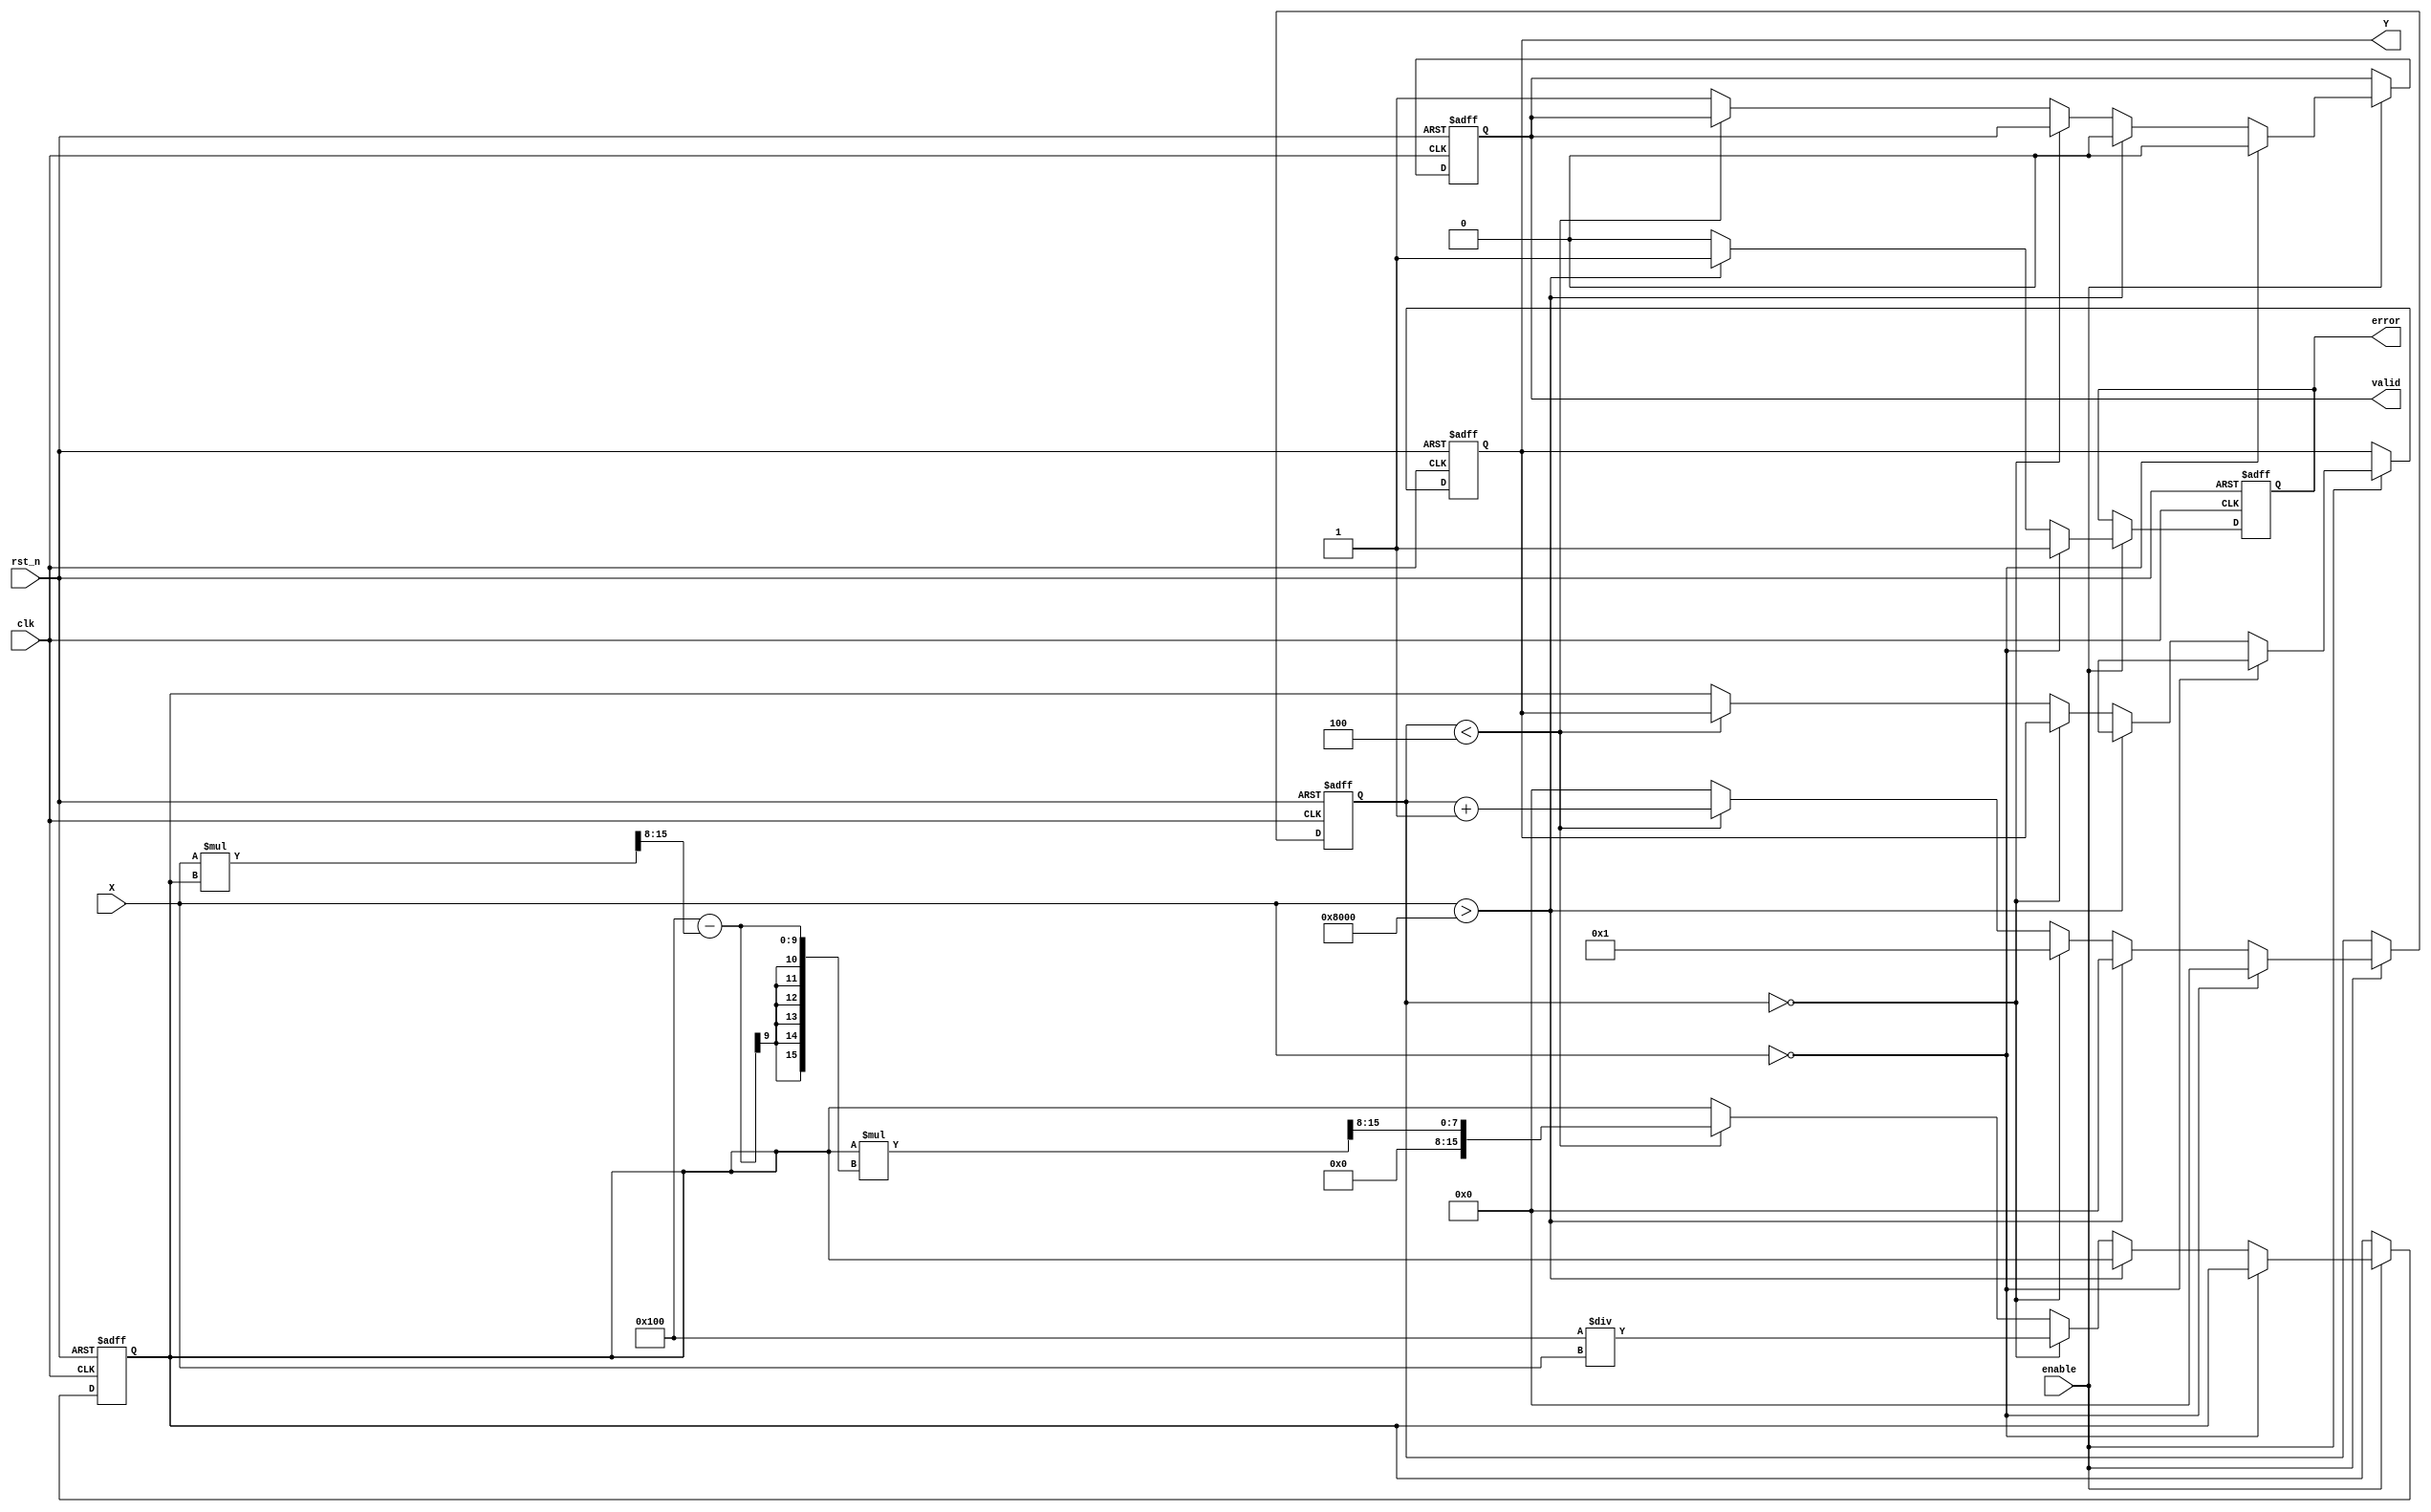
module fixed_point_reciprocal #(
    parameter M = 8, // Number of integer bits
    parameter N = 8, // Number of fractional bits
    parameter MAX_ITER = 4 // Number of iterations for Newton-Raphson
)(
    input wire clk,
    input wire rst_n,
    input wire enable,
    input wire [M+N-1:0] X, // Input fixed-point number (Qm.n)
    output reg [M+N-1:0] Y, // Output fixed-point number (Qm.n)
    output reg valid, // Indicates valid output
    output reg error // Indicates an error condition
);

    // Internal signals
    reg [M+N-1:0] x_reg; // Register to hold input value
    reg [M+N-1:0] y_reg; // Register to hold current approximation of reciprocal
    reg [3:0] iter; // Iteration counter

    // Fixed-point representation of 2^N (for scaling)
    localparam [M+N-1:0] TWO_TO_N = 1 << N;

    // State machine for reciprocal calculation
    always @(posedge clk or negedge rst_n) begin
        if (!rst_n) begin
            Y <= 0;
            valid <= 0;
            error <= 0;
            iter <= 0;
            y_reg <= 0;
        end else if (enable) begin
            if (X == 0) begin
                // Handle division by zero
                error <= 1;
                Y <= {M+N{1'bx}}; // Undefined output
                valid <= 0;
                iter <= 0;
            end else if (X > {1'b1, {M+N-1{1'b0}}}) begin
                // Handle overflow (input > 1)
                error <= 1;
                Y <= {M+N{1'bx}}; // Undefined output
                valid <= 0;
                iter <= 0;
            end else begin
                // Clear error flag
                error <= 0;

                if (iter == 0) begin
                    // First approximation: y = 1/X
                    y_reg <= TWO_TO_N / X; // Initial guess
                    iter <= 1;
                end else if (iter < MAX_ITER) begin
                    // Newton-Raphson iteration: y = y * (2 - X * y)
                    y_reg <= y_reg * (TWO_TO_N - (X * y_reg >> N)) >> N; // Adjust for fixed-point
                    iter <= iter + 1;
                end else begin
                    // Output final result after iterations
                    Y <= y_reg;
                    valid <= 1;
                    iter <= 0; // Reset for next calculation
                end
            end
        end
    end
endmodule